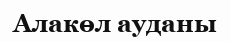
Алакөл ауданы